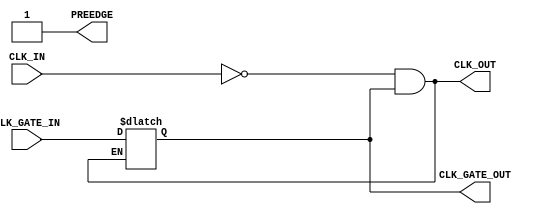

`ifdef BSV_ASSIGNMENT_DELAY
`else
`define BSV_ASSIGNMENT_DELAY
`endif

module GatedClockInverter(CLK_IN, CLK_GATE_IN, PREEDGE, CLK_OUT, CLK_GATE_OUT);

   input     CLK_IN;            // input clock
   input     CLK_GATE_IN;
   output    PREEDGE;           // output signal announcing an upcoming edge
   output    CLK_OUT;           // output clock
   output    CLK_GATE_OUT;

   reg       new_gate;

   wire      CLK_OUT;
   wire      CLK_GATE_OUT;
   wire      PREEDGE;
   
   assign    CLK_OUT = (! CLK_IN) & new_gate;
   assign    CLK_GATE_OUT = new_gate;
   assign    PREEDGE = 1 ;

   // Use latch to avoid glitches
   // Gate can only change when clock is low
   always @( CLK_OUT or CLK_GATE_IN )
     begin
        if ( ! CLK_OUT )
          new_gate <= `BSV_ASSIGNMENT_DELAY CLK_GATE_IN ;
     end

`ifdef BSV_NO_INITIAL_BLOCKS
`else // not BSV_NO_INITIAL_BLOCKS
  // synopsys translate_off
  initial
    begin
       #0 ;
       new_gate = 1 ;
    end // initial begin   
  // synopsys translate_on
`endif // BSV_NO_INITIAL_BLOCKS
   
endmodule // GatedClockInverter